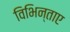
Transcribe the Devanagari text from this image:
विभिन्ताए